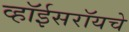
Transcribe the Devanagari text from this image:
व्हॉईसरॉयचे